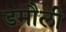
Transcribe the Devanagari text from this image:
डमाैली